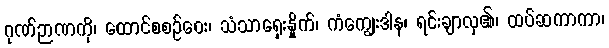
ဂုဏ်ဉာဏကို၊ ထောင်စစဉ်ဝေး၊ သံသာရှေးနှိုက်၊ ကံကျွေးဒါန၊ ရင်းချာလှ၏၊ ထပ်ဆကာကာ၊